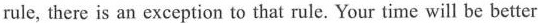
rule, there is an exception to that rule. Your time will be better